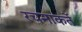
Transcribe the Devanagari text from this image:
रचनाकर्ते